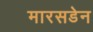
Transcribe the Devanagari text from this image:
मारसडेन